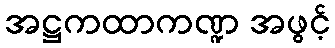
အဋ္ဌကထာကဏ္ဍ အဖွင့်